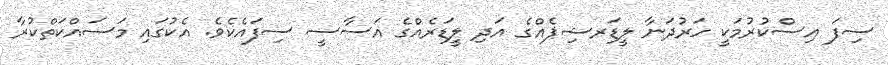
ސިފަ އިސްކުރުމަކީ ހަރުދަނާ ލީޑަރޝިޕެއްގެ އަދި ލީޑަރެއްގެ އަސާސީ ސިފައެކެވެ. އެކުގައި މަސައްކަތްކުރާ